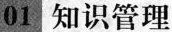
01知识管理